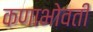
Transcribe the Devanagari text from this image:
कणाभोवती